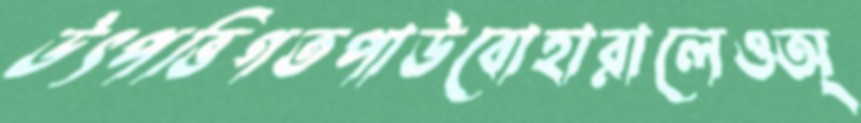
উৎপত্তিগতপাউবোহারালেওঅ্